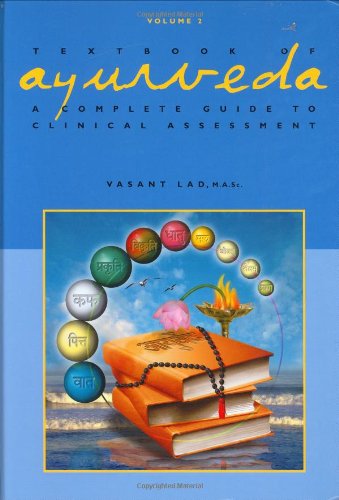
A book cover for Textbook of Ayurveda, Volume Two: A Complete Guide to Clinical Assessment; Vasant Lad; Health, Fitness & Dieting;